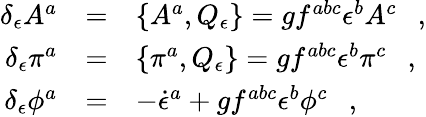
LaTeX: \begin{array}{rcl}{{\delta_{\epsilon}A^{a}}}&{{=}}&{{\{ A^{a},Q_{\epsilon}\} =gf^{abc}\epsilon^{b}A^{c}\ \ \ ,}}\\ {{\delta_{\epsilon}\pi^{a}}}&{{=}}&{{\{ \pi^{a},Q_{\epsilon}\} =gf^{abc}\epsilon^{b}\pi^{c}\ \ \ ,}}\\ {{\delta_{\epsilon}\phi^{a}}}&{{=}}&{{-\dot{\epsilon}^{a}+gf^{abc}\epsilon^{b}\phi^{c}\ \ \ ,}}\end{array}